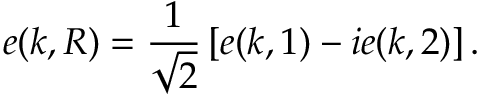
{ \boldsymbol { e } } ( { \boldsymbol { k } } , R ) = { \frac { 1 } { \sqrt { 2 } } } \left[ { \boldsymbol { e } } ( { \boldsymbol { k } } , 1 ) - i { \boldsymbol { e } } ( { \boldsymbol { k } } , 2 ) \right] .